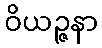
ဝိယဉ္ဇနာ